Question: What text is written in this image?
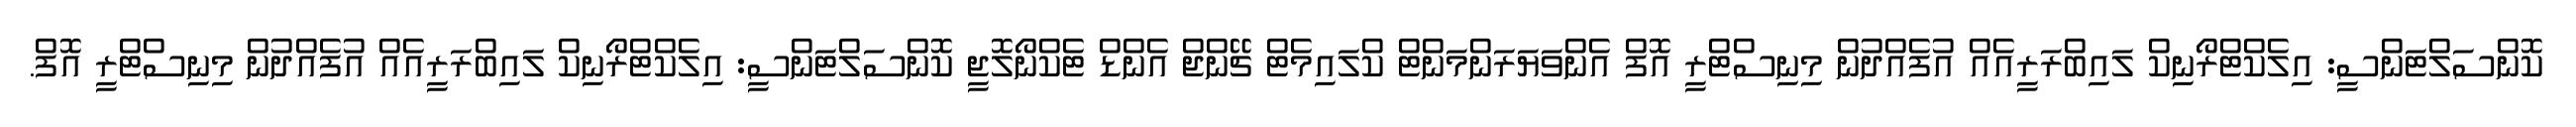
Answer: ކޮންސަލްޓަންސީ: އިލެކްޓްރޯނިކް ލައިބްރަރީއެއް އުފެއްދުން މިނިސްޓްރީ އޮފް އެންވަޔަރަންމަންޓް ކްލައިމެޓް ޗޭންޖް އެންޑް ޓެކްނޯލޮޖީ ކޮންސަލްޓަންސީ: އިލެކްޓްރޯނިކް ލައިބްރަރީއެއް އުފެއްދުން މިނިސްޓްރީ އޮފް.